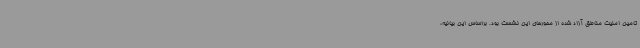
تامین امنیت مناطق آزاد شده از محورهای این نشست بود. براساس این بیانیه،